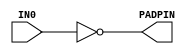
//------------------------------------------------------
// Copyright 1992, 1993 Cascade Design Automation Corporation.
//------------------------------------------------------
module padout_inv(IN0,PADPIN);
  parameter M = 7;
  parameter N = 0;
  parameter SLIM_FLAG = 0;
  parameter OUTDRIVE = "4MA";
  parameter
        d_IN0 = 0,
        d_PADPIN = 1;
  input [M:N] IN0;
  output [M:N] PADPIN;
  wire [M:N] IN0_temp;
  reg [M:N] PADPIN_temp;
  assign #(d_IN0) IN0_temp = IN0;
  assign #(d_PADPIN) PADPIN = PADPIN_temp;
  always
    @(IN0_temp)
      PADPIN_temp = ( ~ IN0_temp);
endmodule